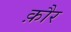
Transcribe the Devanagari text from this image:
क़ौर